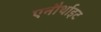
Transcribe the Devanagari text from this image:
एनौर्थाइट